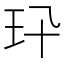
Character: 𤣭